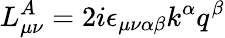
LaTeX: L_{\mu\nu}^{A}=2i\epsilon_{\mu\nu\alpha\beta}k^{\alpha}q^{\beta}